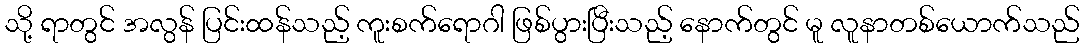
သို့ ရာတွင် အလွန် ပြင်းထန်သည့် ကူးစက်ရောဂါ ဖြစ်ပွားပြီးသည့် နောက်တွင် မူ လူနာတစ်ယောက်သည်